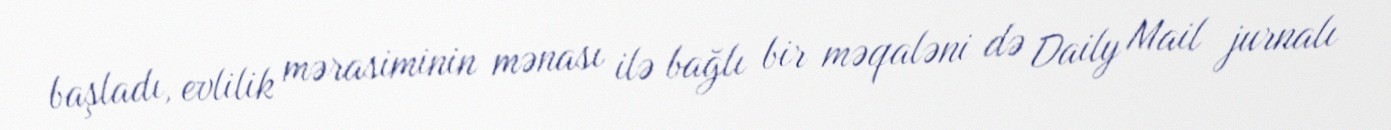
başladı, evlilik mərasiminin mənası ilə bağlı bir məqaləni də Daily Mail jurnalı